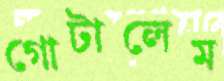
গোটালেম